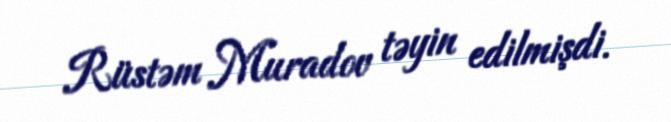
Rüstəm Muradov təyin edilmişdi.